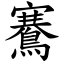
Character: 鶱